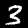
Label: 3